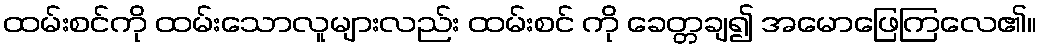
ထမ်းစင်ကို ထမ်းသောလူများလည်း ထမ်းစင် ကို ခေတ္တချ၍ အမောဖြေကြလေ၏။